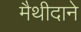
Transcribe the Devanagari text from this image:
मैथीदाने